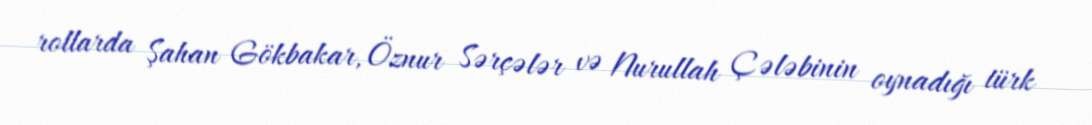
rollarda Şahan Gökbakar, Öznur Sərçələr və Nurullah Çələbinin oynadığı türk